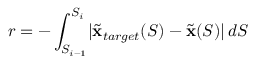
r = - \int _ { S _ { i - 1 } } ^ { S _ { i } } \lvert \tilde { \mathbf { x } } _ { t a r g e t } ( S ) - \tilde { \mathbf { x } } ( S ) \rvert \, d S